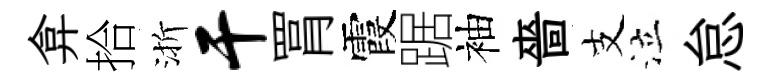
弇拾渐干罥霞踞袖嗇支泣怠